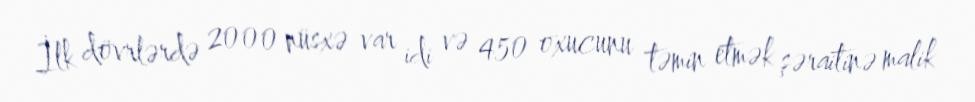
İlk dövrlərdə 2000 nüsxə var idi və 450 oxucunu təmin etmək şəraitinə malik